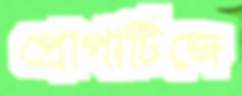
প্রোপার্টিজে